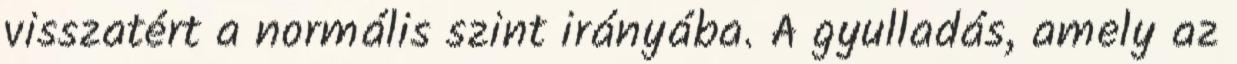
visszatért a normális szint irányába. A gyulladás, amely az